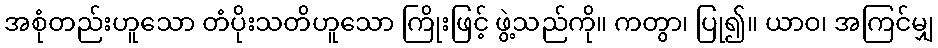
အစုံတည်းဟူသော တံပိုးသတိဟူသော ကြိုးဖြင့် ဖွဲ့သည်ကို။ ကတွာ၊ ပြု၍။ ယာဝ၊ အကြင်မျှ